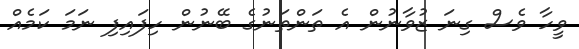
ވީހާ ވެސް ގިނަ ޒުވާނުން އެ ތަންތަނުގެ ބޭނުން ހިފައިފި ނަމަ ކަމެއް